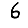
Digit: 6